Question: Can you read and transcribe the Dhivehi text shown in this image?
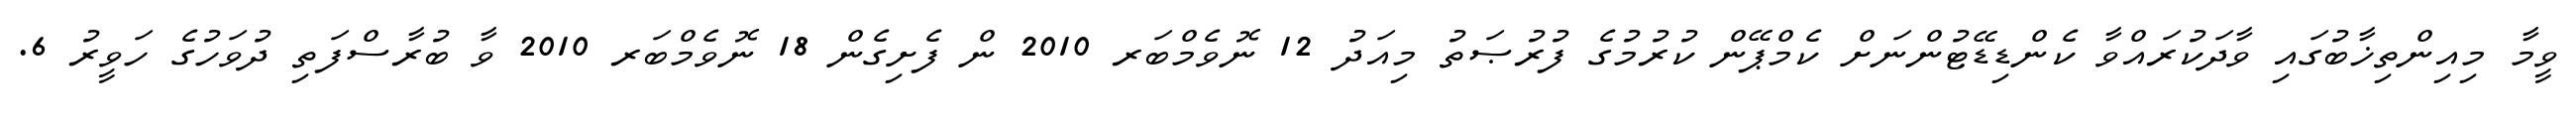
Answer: ވީމާ މިއިންތިޚާބުގައި ވާދަކުރައްވާ ކެންޑިޑޭޓުންނަށް ކެމްޕޭން ކުރުމުގެ ފުރުޞަތު މިއަދު 12 ނޮވެމްބަރ 2010 ން ފެށިގެން 18 ނޮވެމްބަރ 2010 ވާ ބުރާސްފަތި ދުވަހުގެ ހަވީރު 6.